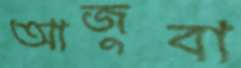
আজুবা